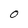
Character: O